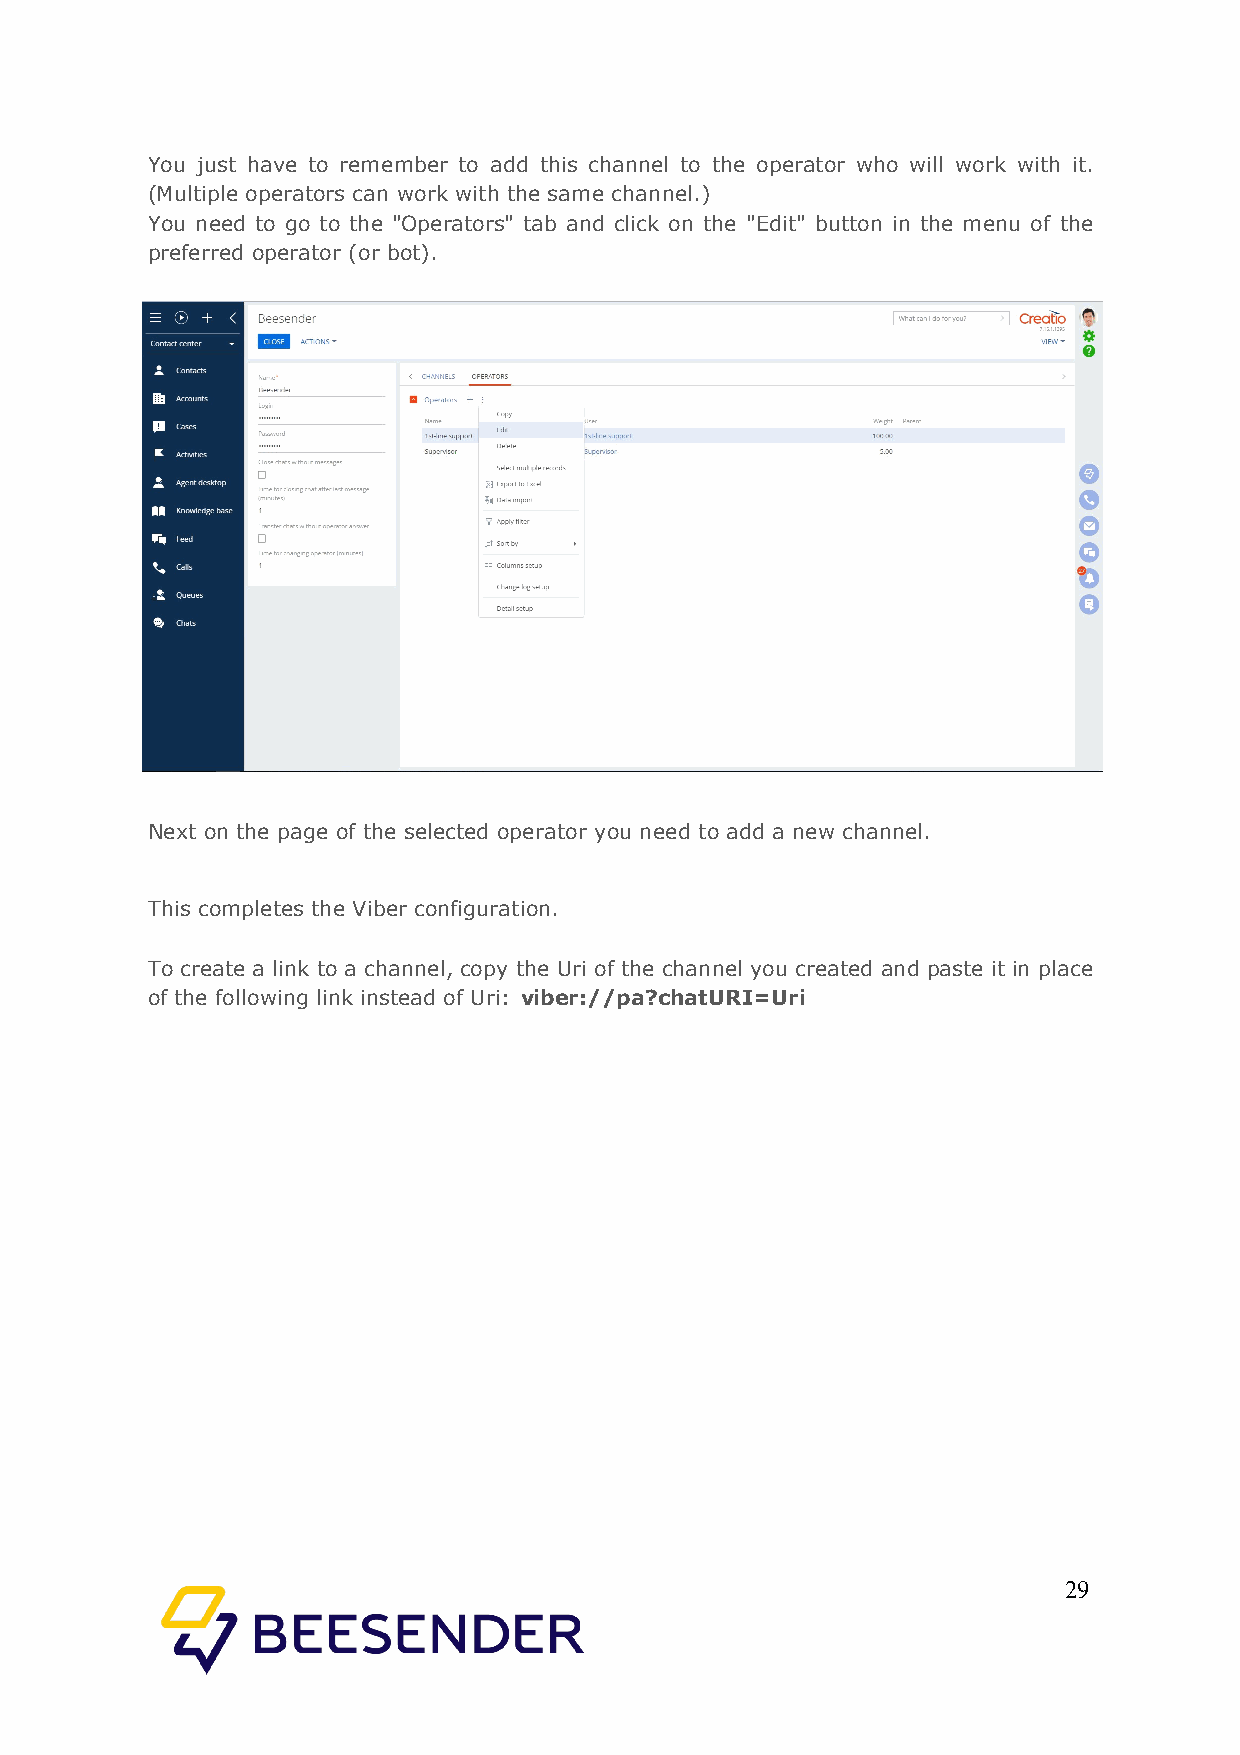
You just have to remember to add this channel to the operator who will work with it.
 (Multiple operators can work with the same channel.)
 You need to go to the "Operators" tab and click on the "Edit" button in the menu of the
 preferred operator (or bot).
 Next on the page of the selected operator you need to add a new channel.
 This completes the Viber configuration.
 To create a link to a channel, copy the Uri of the channel you created and paste it in place
 of the following link instead of Uri: viber://pa?chatURI=Uri
 29